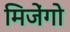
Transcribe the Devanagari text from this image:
मिजेंगो